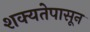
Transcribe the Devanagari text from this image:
शक्यतेपासून